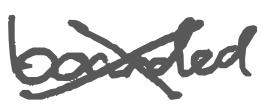
Text: boarded
Cross-out: cross
Writing tool: digital_gray